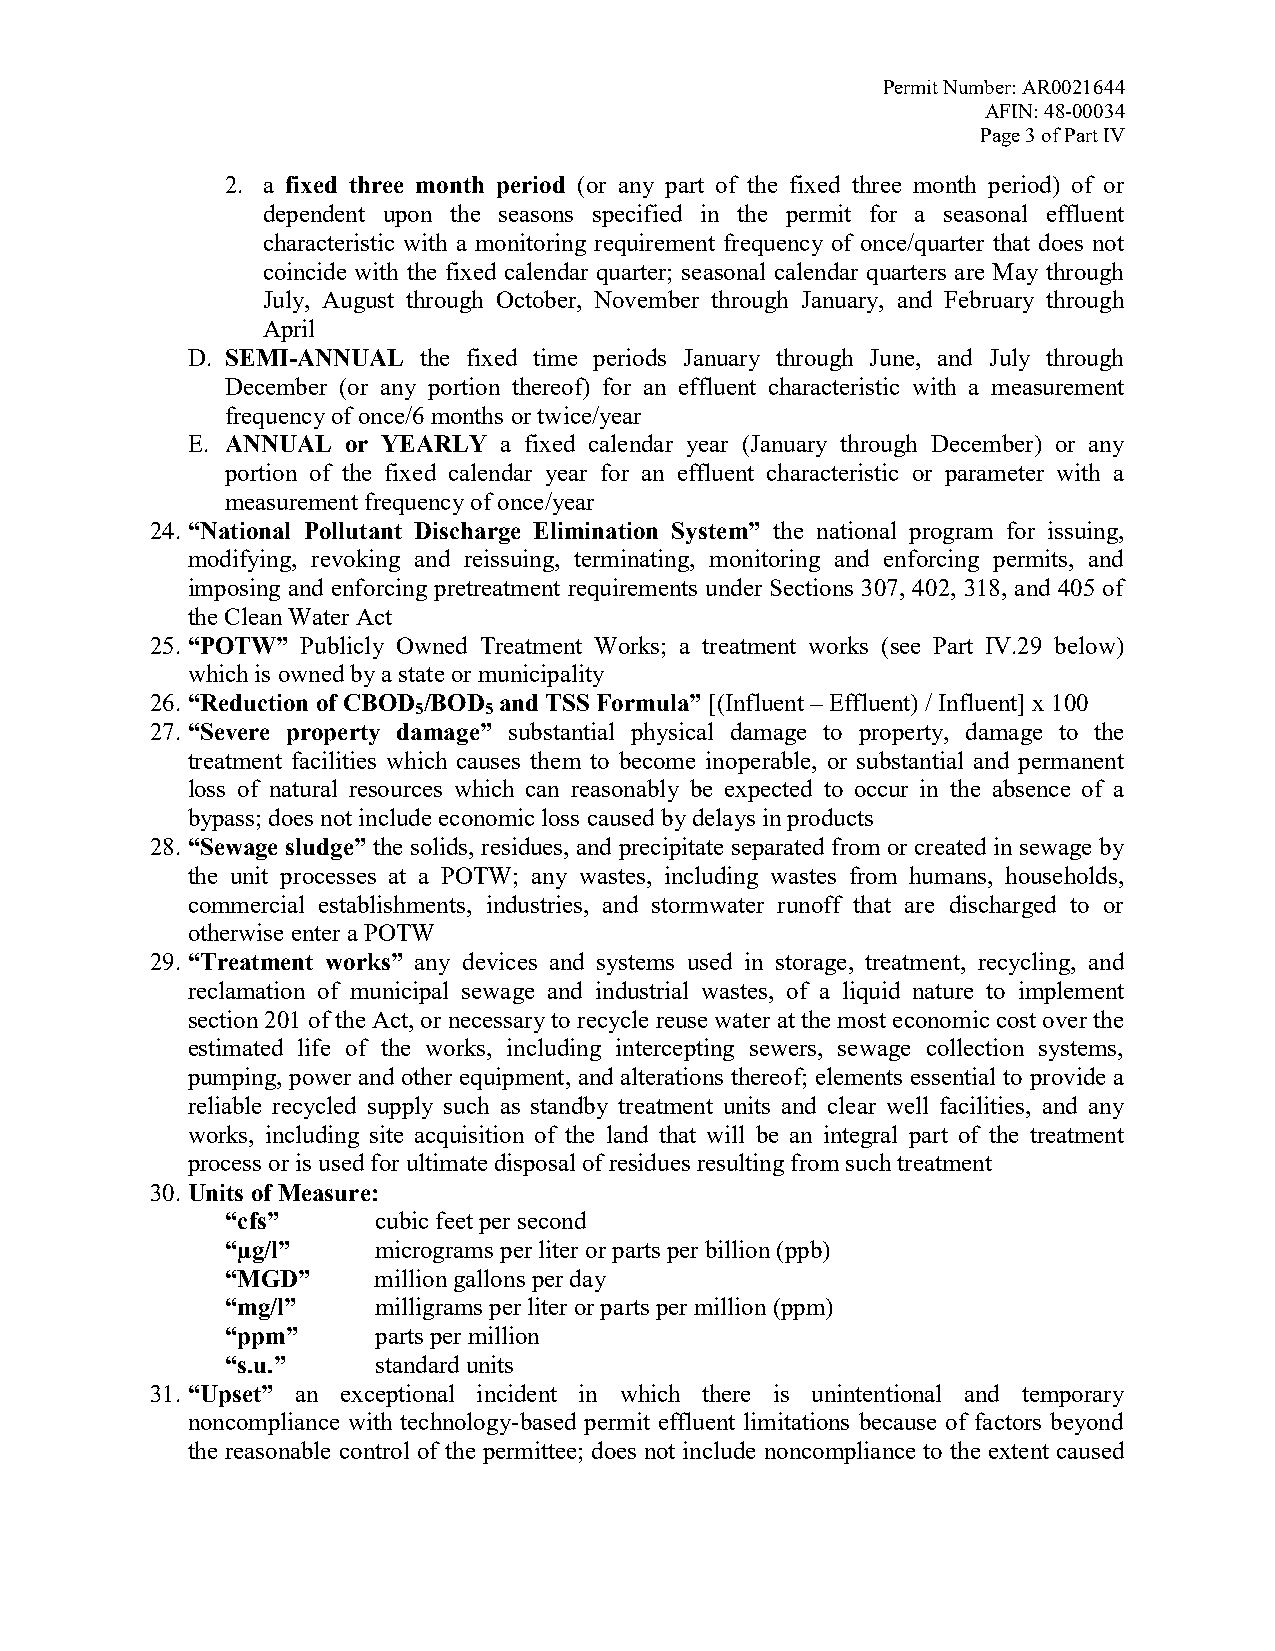
Permit Number: AR0021644
 AFIN: 48-00034
 Page 3 of Part IV
 2. a fixed three month period (or any part of the fixed three month period) of or
 dependent upon the seasons specified in the permit for a seasonal effluent
 characteristic with a monitoring requirement frequency of once/quarter that does not
 coincide with the fixed calendar quarter; seasonal calendar quarters are May through
 July, August through October, November through January, and February through
 April
 D. SEMI-ANNUAL  the fixed time periods January through June, and July through
 December (or any portion thereof) for an effluent characteristic with a measurement
 frequency of once/6 months or twice/year
 E. ANNUAL  or YEARLY a fixed calendar year (January through December) or any
 portion of the fixed calendar year for an effluent characteristic or parameter with a
 measurement frequency of once/year
 24. “National Pollutant Discharge Elimination System” the national program for issuing,
 modifying, revoking and reissuing, terminating, monitoring and enforcing permits, and
 imposing and enforcing pretreatment requirements under Sections 307, 402, 318, and 405 of
 the Clean Water Act
 25. “POTW” Publicly Owned Treatment Works; a treatment works (see Part IV.29 below)
 which is owned by a state or municipality
 26. “Reduction of CBOD /BOD and TSS Formula” [(Influent – Effluent) / Influent] x 100
 5   5
 27. “Severe property damage” substantial physical damage to property, damage to the
 treatment facilities which causes them to become inoperable, or substantial and permanent
 loss of natural resources which can reasonably be expected to occur in the absence of a
 bypass; does not include economic loss caused by delays in products
 28. “Sewage sludge” the solids, residues, and precipitate separated from or created in sewage by
 the unit processes at a POTW; any wastes, including wastes from humans, households,
 commercial establishments, industries, and stormwater runoff that are discharged to or
 otherwise enter a POTW
 29. “Treatment works” any devices and systems used in storage, treatment, recycling, and
 reclamation of municipal sewage and industrial wastes, of a liquid nature to implement
 section 201 of the Act, or necessary to recycle reuse water at the most economic cost over the
 estimated life of the works, including intercepting sewers, sewage collection systems,
 pumping, power and other equipment, and alterations thereof; elements essential to provide a
 reliable recycled supply such as standby treatment units and clear well facilities, and any
 works, including site acquisition of the land that will be an integral part of the treatment
 process or is used for ultimate disposal of residues resulting from such treatment
 30. Units of Measure:
 “cfs”     cubic feet per second
 “µg/l”    micrograms per liter or parts per billion (ppb)
 “MGD”     million gallons per day
 “mg/l”    milligrams per liter or parts per million (ppm)
 “ppm”     parts per million
 “s.u.”    standard units
 31. “Upset” an exceptional incident in which there is unintentional and temporary
 noncompliance with technology-based permit effluent limitations because of factors beyond
 the reasonable control of the permittee; does not include noncompliance to the extent caused